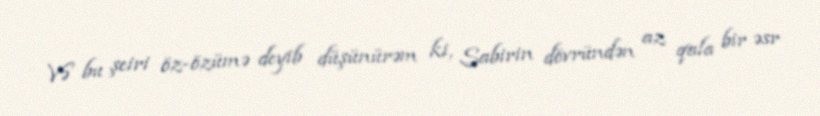
Və bu şeiri öz-özümə deyib düşünürəm ki, Sabirin dövründən az qala bir əsr